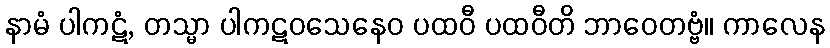
နာမံ ပါကဋံ, တသ္မာ ပါကဋဝသေနေဝ ပထဝီ ပထဝီတိ ဘာဝေတဗ္ဗံ။ ကာလေန